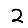
Digit: 2